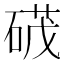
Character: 𮵕